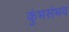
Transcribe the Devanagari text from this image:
कुंभसंभव